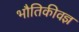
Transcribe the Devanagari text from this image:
भौतिकीवज्ञ